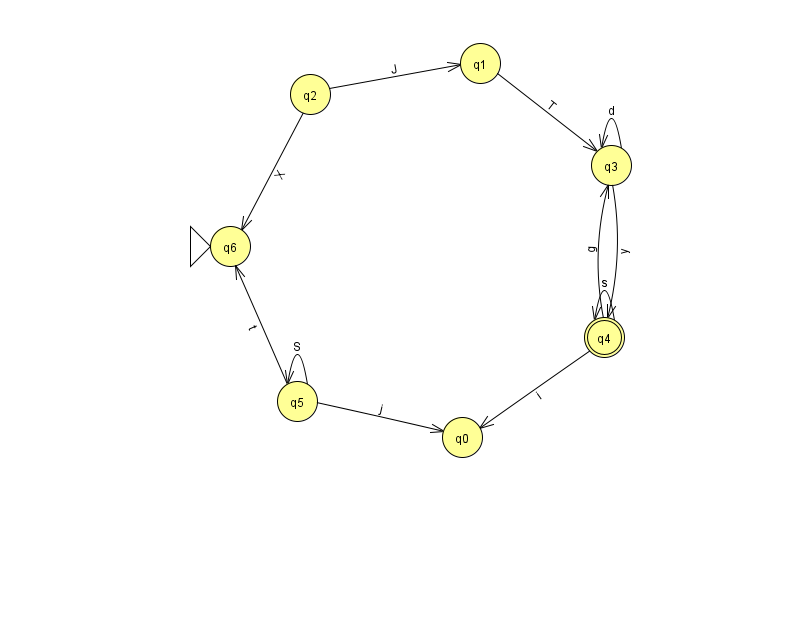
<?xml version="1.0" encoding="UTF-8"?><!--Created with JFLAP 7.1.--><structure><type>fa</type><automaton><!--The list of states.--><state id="0" name="q0"><x>462.0</x><y>424.0</y></state><state id="1" name="q1"><x>480.0</x><y>50.0</y></state><state id="2" name="q2"><x>310.0</x><y>81.0</y></state><state id="3" name="q3"><x>611.0</x><y>152.0</y></state><state id="4" name="q4"><x>604.0</x><y>324.0</y><final/></state><state id="5" name="q5"><x>297.0</x><y>388.0</y></state><state id="6" name="q6"><x>230.0</x><y>233.0</y><initial/></state><!--The list of transitions.--><transition><from>4</from><to>3</to><read>g</read></transition><transition><from>4</from><to>4</to><read>s</read></transition><transition><from>5</from><to>5</to><read>S</read></transition><transition><from>3</from><to>3</to><read>d</read></transition><transition><from>5</from><to>6</to><read>t</read></transition><transition><from>1</from><to>3</to><read>T</read></transition><transition><from>5</from><to>0</to><read>j</read></transition><transition><from>2</from><to>6</to><read>X</read></transition><transition><from>2</from><to>1</to><read>J</read></transition><transition><from>3</from><to>4</to><read>y</read></transition><transition><from>4</from><to>0</to><read>i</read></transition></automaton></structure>